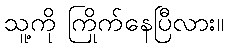
သူ့ကို ကြိုက်နေပြီလား။